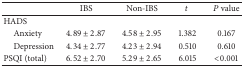
<table><thead><tr><td><b> </b></td><td><b>IBS</b></td><td><b>Non-IBS</b></td><td><b><i>t</i></b></td><td><b><i>P</i> value</b></td></tr></thead><tbody><tr><td>HADS</td><td> </td><td> </td><td> </td><td> </td></tr><tr><td> Anxiety</td><td>4.89 ± 2.87</td><td>4.58 ± 2.95</td><td>1.382</td><td>0.167</td></tr><tr><td> Depression</td><td>4.34 ± 2.77</td><td>4.23 ± 2.94</td><td>0.510</td><td>0.610</td></tr><tr><td>PSQI (total)</td><td>6.52 ± 2.70</td><td>5.29 ± 2.65</td><td>6.015</td><td>&lt;0.001</td></tr></tbody></table>